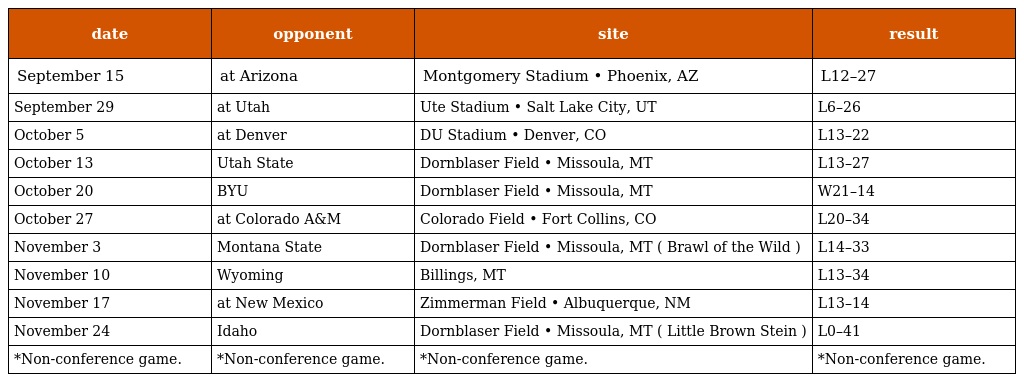
| date | opponent | site | result |
 | --- | --- | --- | --- |
 | September 15 | at Arizona | Montgomery Stadium • Phoenix, AZ | L12–27 |
 | September 29 | at Utah | Ute Stadium • Salt Lake City, UT | L6–26 |
 | October 5 | at Denver | DU Stadium • Denver, CO | L13–22 |
 | October 13 | Utah State | Dornblaser Field • Missoula, MT | L13–27 |
 | October 20 | BYU | Dornblaser Field • Missoula, MT | W21–14 |
 | October 27 | at Colorado A&M | Colorado Field • Fort Collins, CO | L20–34 |
 | November 3 | Montana State | Dornblaser Field • Missoula, MT ( Brawl of the Wild ) | L14–33 |
 | November 10 | Wyoming | Billings, MT | L13–34 |
 | November 17 | at New Mexico | Zimmerman Field • Albuquerque, NM | L13–14 |
 | November 24 | Idaho | Dornblaser Field • Missoula, MT ( Little Brown Stein ) | L0–41 |
 | *Non-conference game. | *Non-conference game. | *Non-conference game. | *Non-conference game. |